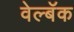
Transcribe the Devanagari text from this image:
वेल्बॅक